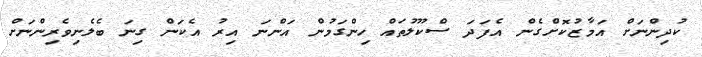
ކުދިންނަށް އަމާޒުކޮށްގެން އެފަދަ ސްކޫލުތައް ހިންގަމުން އަންނަ އިރު އެކަން ގިނަ ބެލެނިވެރިންނަށް